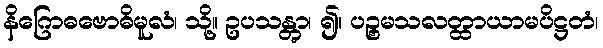
နိဂြောဓဗောဓိမူလံ၊ သို့။ ဥပသန္တွာ၊ ၍။ ပဉ္စမသလတ္ထာယာမပိဋ္ဌတံ၊